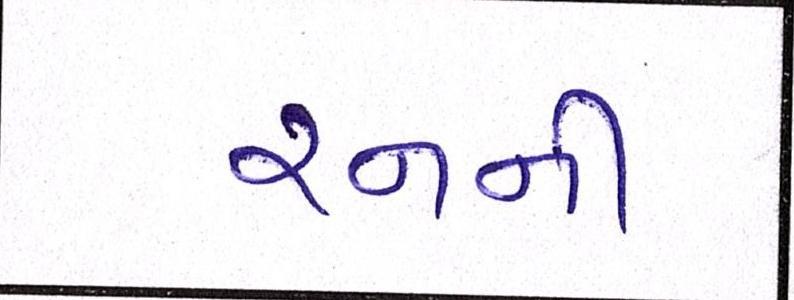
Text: રનની